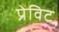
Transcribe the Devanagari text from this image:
प्रेविट